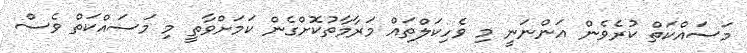
މަސައްކަތް ކުރެވެން އަންނަނީ މި ވެހިކަލްތައް މަރާމާތުކޮށްގެން ކަމަށްވާތީ މި މަސައްކަތް ވެސް